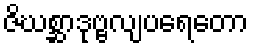
ဇိဃစ္ဆာဒုဗ္ဗလျပရေတော